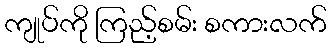
ကျုပ်ကို ကြည့်စမ်း စကားလက်